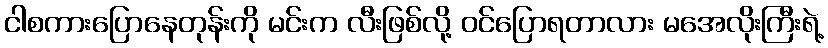
ငါစကားပြောနေတုန်းကို မင်းက လီးဖြစ်လို့ ဝင်ပြောရတာလား မအေလိုးကြီးရဲ့